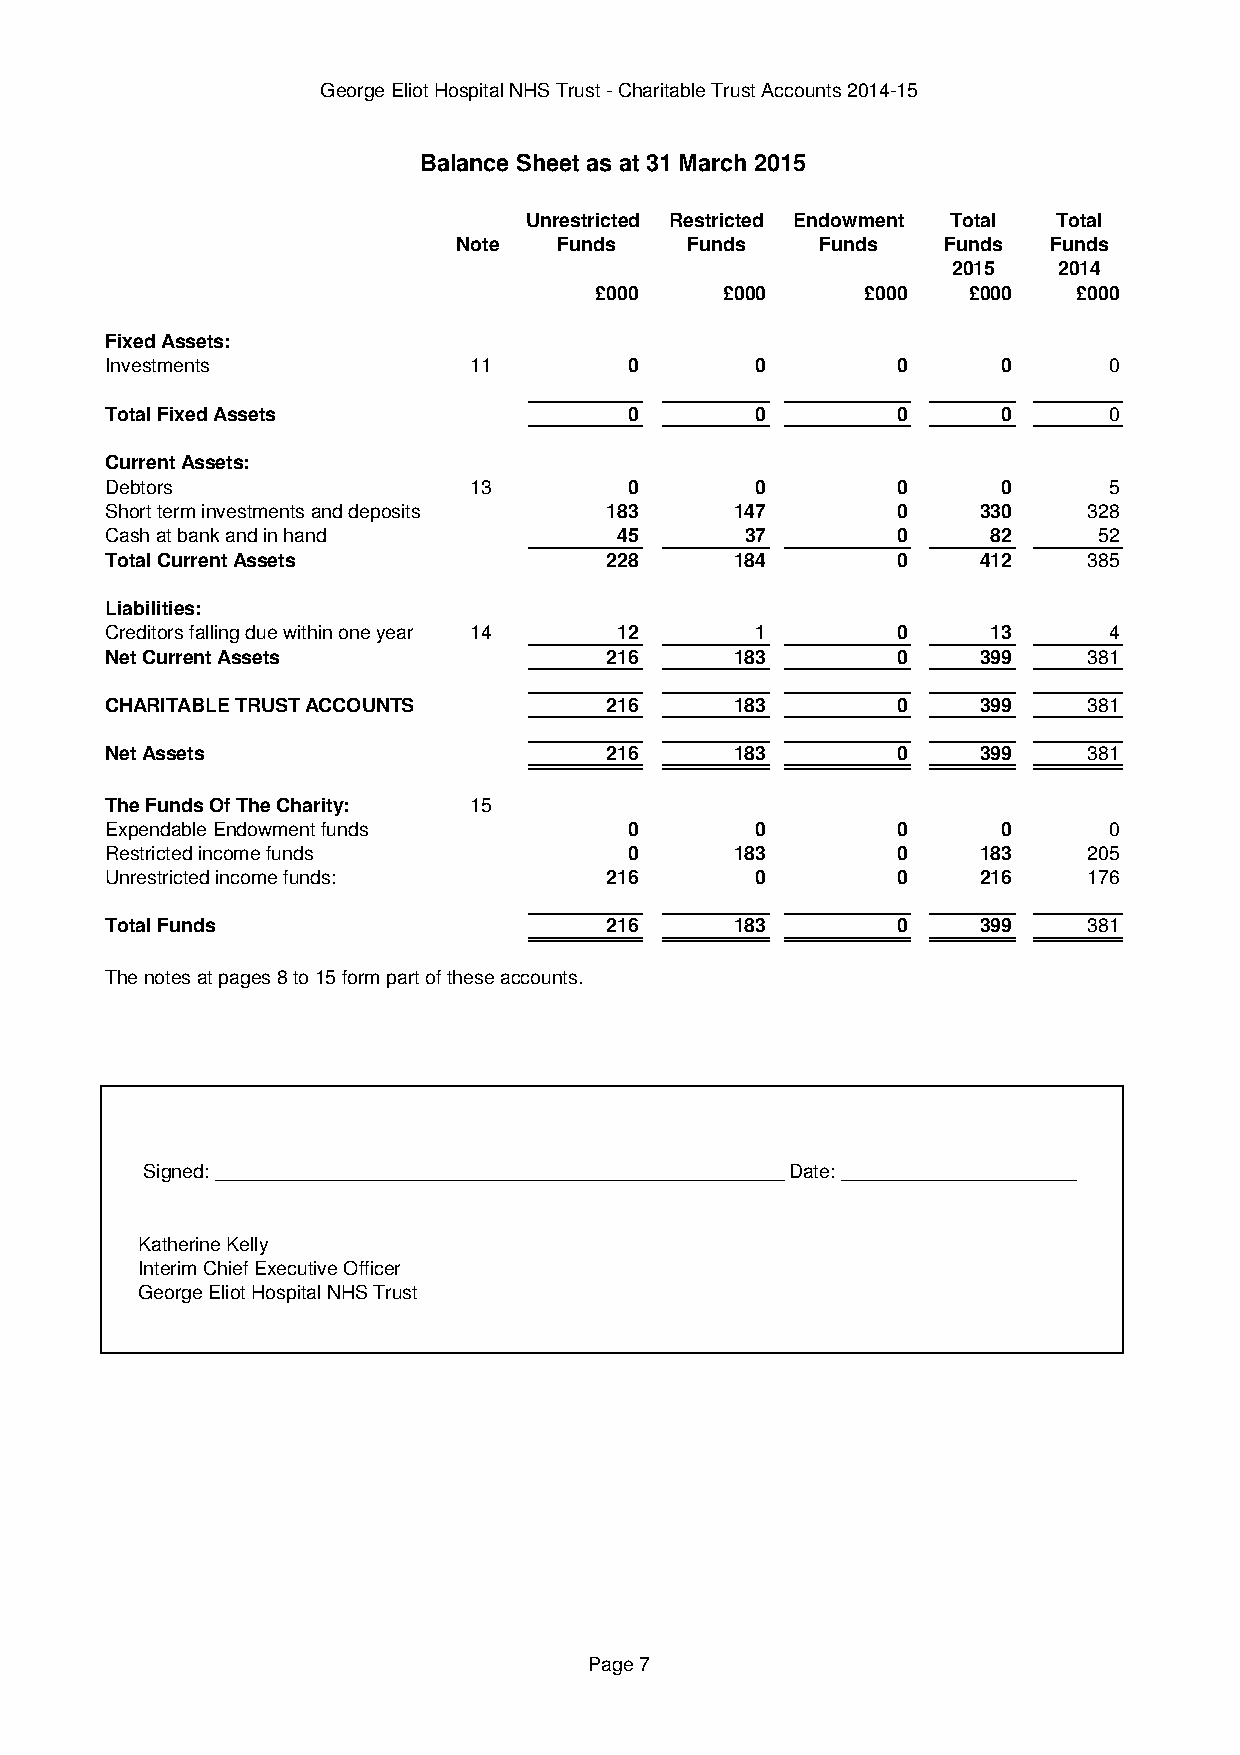
George Eliot Hospital NHS Trust - Charitable Trust Accounts 2014-15
 Balance Sheet as at 31 March 2015
 Unrestricted Restricted Endowment Total Total
 Note   Funds   Funds    Funds   Funds  Funds
 2015   2014
 £000     £000     £000   £000   £000
 Fixed Assets:
 Investments             11         0       0        0      0      0
 Total Fixed Assets                 0       0        0      0      0
 Current Assets:
 Debtors                 13         0       0        0      0      5
 Short term investments and deposits 183   147       0     330    328
 Cash at bank and in hand          45      37        0      82     52
 Total Current Assets             228      184       0     412    385
 Liabilities:
 Creditors falling due within one year 14 12 1       0      13     4
 Net Current Assets               216      183       0     399    381
 CHARITABLE TRUST ACCOUNTS        216      183       0     399    381
 Net Assets                       216      183       0     399    381
 The Funds Of The Charity: 15
 Expendable Endowment funds         0       0        0      0      0
 Restricted income funds            0      183       0     183    205
 Unrestricted income funds:       216       0        0     216    176
 Total Funds                      216      183       0     399    381
 The notes at pages 8 to 15 form part of these accounts.
 Signed: ______________________________________________________D_ate: ______________________
 Katherine Kelly
 Interim Chief Executive Officer
 George Eliot Hospital NHS Trust
 Page 7